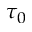
\tau _ { 0 }